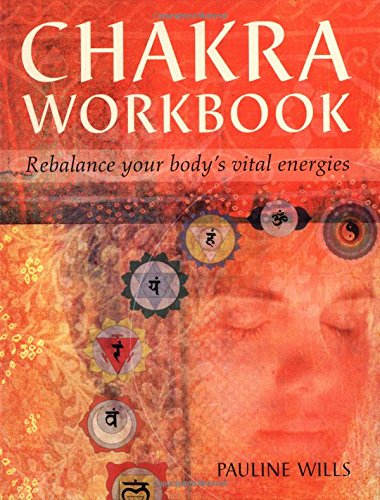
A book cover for Chakra Workbook: Rebalance Your Body's Vital Energies; Pauline Wills; Religion & Spirituality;